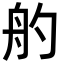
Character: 𦨓